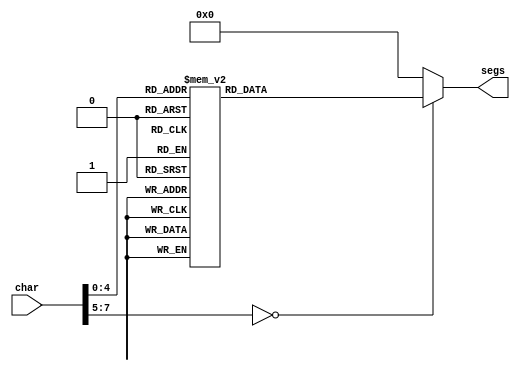
/*
   This file was generated automatically by Alchitry Labs version 1.2.7.
   Do not edit this file directly. Instead edit the original Lucid source.
   This is a temporary file and any changes made to it will be destroyed.
*/

module seven_seg_5 (
    input [7:0] char,
    output reg [6:0] segs
  );
  
  
  
  always @* begin
    
    case (char)
      1'h0: begin
        segs = 7'h3f;
      end
      1'h1: begin
        segs = 7'h06;
      end
      2'h2: begin
        segs = 7'h5b;
      end
      2'h3: begin
        segs = 7'h4f;
      end
      3'h4: begin
        segs = 7'h66;
      end
      3'h5: begin
        segs = 7'h6d;
      end
      3'h6: begin
        segs = 7'h7d;
      end
      3'h7: begin
        segs = 7'h07;
      end
      4'h8: begin
        segs = 7'h7f;
      end
      4'h9: begin
        segs = 7'h67;
      end
      4'ha: begin
        segs = 7'h71;
      end
      4'hb: begin
        segs = 7'h30;
      end
      4'hc: begin
        segs = 7'h38;
      end
      4'hd: begin
        segs = 7'h73;
      end
      4'he: begin
        segs = 7'h77;
      end
      4'hf: begin
        segs = 7'h00;
      end
      5'h10: begin
        segs = 7'h08;
      end
      5'h11: begin
        segs = 7'h5e;
      end
      5'h12: begin
        segs = 7'h3e;
      end
      5'h13: begin
        segs = 7'h39;
      end
      default: begin
        segs = 7'h00;
      end
    endcase
  end
endmodule